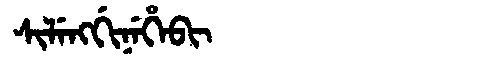
Manchu: ᠰᡳᠯᡝᠩᡤᡳᠨᡝᡥᡝᠪᡳ
Romanization: SILENGGINEHEBI